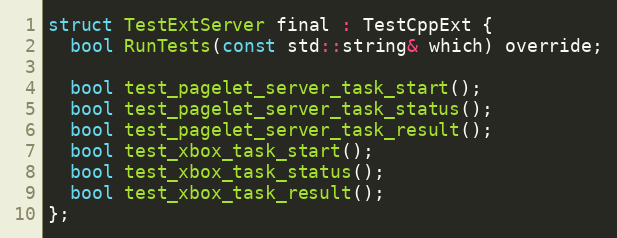
Language: C
struct TestExtServer final : TestCppExt {
  bool RunTests(const std::string& which) override;

  bool test_pagelet_server_task_start();
  bool test_pagelet_server_task_status();
  bool test_pagelet_server_task_result();
  bool test_xbox_task_start();
  bool test_xbox_task_status();
  bool test_xbox_task_result();
};